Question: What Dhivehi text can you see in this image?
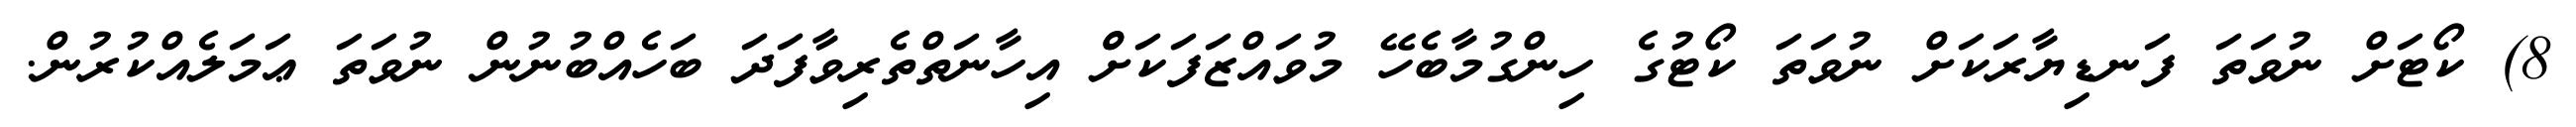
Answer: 8) ކޯޓަށް ނުވަތަ ފަނޑިޔާރަކަށް ނުވަތަ ކޯޓުގެ ހިންގުމާބެހޭ މުވައްޒަފަކަށްް އިހާނަތްތެރިވާފަދަ ބަހެއްބުނުން ނުވަތަ ޢަމަލެއްކުރުން.